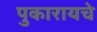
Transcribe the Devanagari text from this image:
पुकारायचे